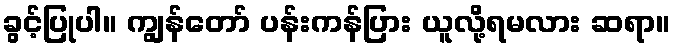
ခွင့်ပြုပါ။ ကျွန်တော် ပန်းကန်ပြား ယူလို့ရမလား ဆရာ။